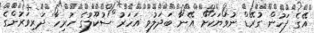
އޭގެ ފަހުން ގުރޭޑް ނުވަޔަކަށް އޭނާ ބަދަލުވި އަހަރު ސުކޫލުގެ ހުރިހާ ދަރިވަރުންގެ